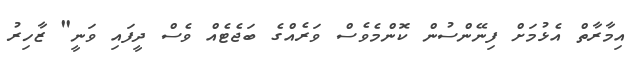
އިމާރާތް އެޅުމަށް ފިނޭންސުން ކޮންމެވެސް ވަރެއްގެ ބަޖެޓެއް ވެސް ދީފައި ވަނީ" ޒާހިރު